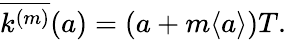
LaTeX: \overline{{k^{(m)}}}(a)=(a+m\langle a\rangle)T.